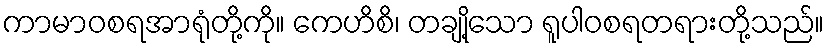
ကာမာဝစရအာရုံတို့ကို။ ကေဟိစိ၊ တချို့သော ရူပါဝစရတရားတို့သည်။